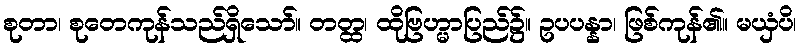
စုတာ၊ စုတေကုန်သည်ရှိသော်။ တတ္ထ၊ ထိုဗြဟ္မာပြည်၌။ ဥပပန္နာ၊ ဖြစ်ကုန်၏။ မယှံပိ၊